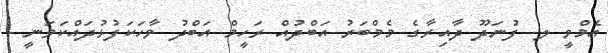
އެމްވީ ލ. ފުނަދޫ ދާއިރާގެ މެމްބަރު އަބްދުއް ރަހީމް އަބްދު ވާހަކަފުޅުދައްކަވަނީ -